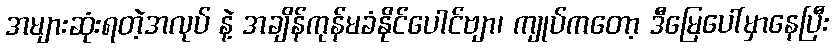
အများဆုံးရတဲ့အလုပ် နဲ့ အချိန်ကုန်မခံနိုင်ပေါင်ဗျာ၊ ကျုပ်ကတော့ ဒီမြေပေါ်မှာနေပြီး